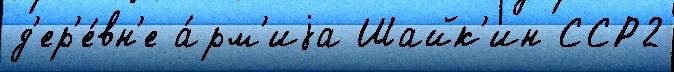
д'ер'е́вн'е а́рм'иjа Шайк'ин ССР2